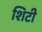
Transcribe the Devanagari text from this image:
शिटी